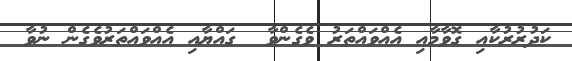
ކަދުރުރުކާއި ގޮވާމާއި އެއްވައްތަރު ވެގެންވާ  ގައްޔާއި އެއްވައްތަރުވެގެން ނުވާ